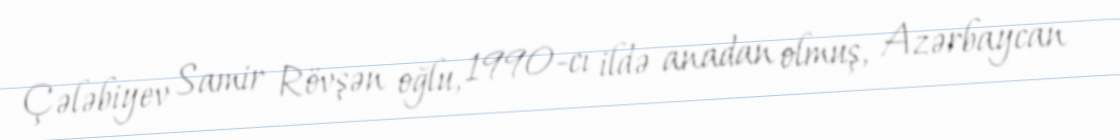
Çələbiyev Samir Rövşən oğlu, 1990-cı ildə anadan olmuş, Azərbaycan